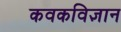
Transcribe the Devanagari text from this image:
कवकविज्ञान